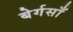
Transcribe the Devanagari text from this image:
बेर्गसाँ